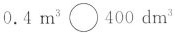
$$0.4 m^{3} \bigcirc 400 dm^{3}$$